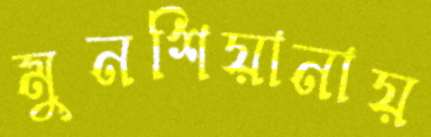
মুনশিয়ানায়